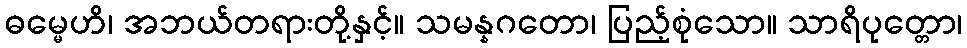
ဓမ္မေဟိ၊ အဘယ်တရားတို့နှင့်။ သမန္နဂတော၊ ပြည့်စုံသော။ သာရိပုတ္တော၊